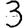
Digit: 3